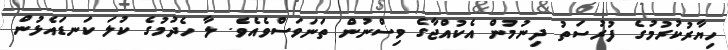
ހިޔާރުކުރުމުގެ ފުރުސަތު ދިނުމުން އެކުއްޖާގެ ވިސްނުން ތަނަވަސްވެއެވެ. ލާ ހެދުމުގެ ކުލަ ކަނޑައެޅުން